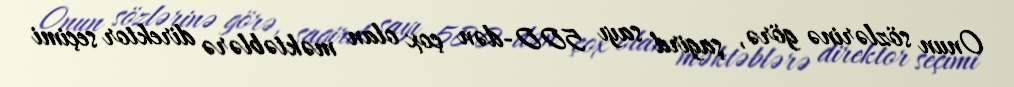
Onun sözlərinə görə, şagird sayı 500-dən çox olan məktəblərə direktor seçimi